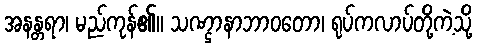
အနန္တရာ၊ မည်ကုန်၏။ သဏ္ဌာနာဘာဝတော၊ ရုပ်ကလာပ်တို့ကဲ့သို့